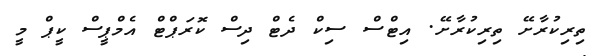
ތިރިކުރާށޭ ތިރިކުރާށޭ. އިޓްސްް ސިކް ދެޓް ދިސް ކޮރަޕްޓް އެމްޕީސް ކީޕް މީ